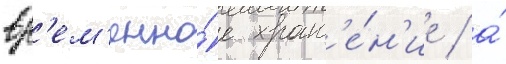
вр'ем'енно́е хран'е́н'ие / а́